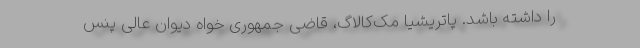
را داشته باشد. پاتریشیا مک‌کالاگ، قاضی جمهوری خواه دیوان عالی پنس